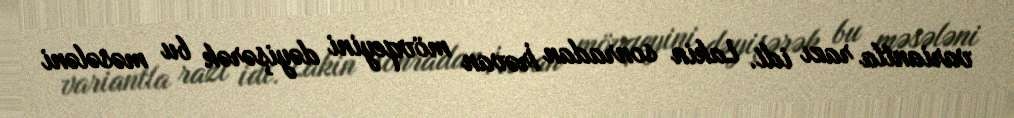
variantla razı idi. Lakin sonradan İrəvan mövqeyini dəyişərək bu məsələni